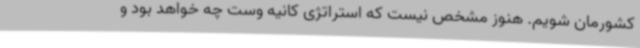
کشورمان شویم. هنوز مشخص نیست که استراتژی کانیه وست چه خواهد بود و